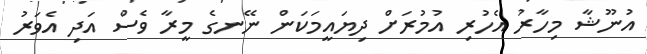
އުނޫޝާ މިހާރު އެހުރި އުމުރަށް ދިޔައީމަކަން ނޭނގެ މީރާ ވެސް އަދި އެވަރު